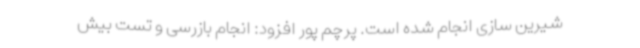
شیرین سازی انجام شده است. پرچم پور افزود: انجام بازرسی و تست بیش